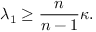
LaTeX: \lambda _ { 1 } \geq { \frac { n } { n - 1 } } \kappa .